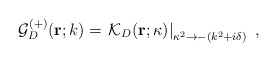
\begin{align*}{\mathcal G}^{(+)}_{{D}} ({\bf r}; k)= \left.{\mathcal K}_{{D}} ({\bf r}; \kappa)\right|_{ \kappa^{2} \rightarrow - (k^{2}+ i \delta) }\; ,\end{align*}